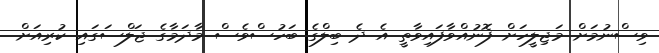
ވިސްނުމަށް މަޖިލީހަށް ފޮނުއްވާފައިވާތީ އެ ދެ ބިލްގެ ބަހުސްވެސް މާދަމާގެ ޖަލްސަގައި ކުރިއަށް